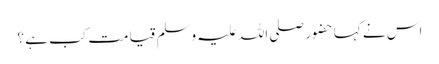
اس نے کہا حضور صلی اللہ علیہ وسلم قیامت کب ہے ؟